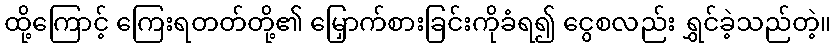
ထို့ကြောင့် ကြေးရတတ်တို့၏ မြှောက်စားခြင်းကိုခံရ၍ ငွေစလည်း ရွှင်ခဲ့သည်တဲ့။